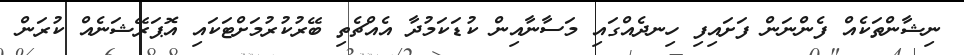
ނިޝާންތަކެއް ފެންނަން ފަށައިފި ހިނދެއްގައި މަސާނާއިން ކުޑަކަމުދާ އެއްޗެތި ބޭރުކުރުމަށްޓަކައި އޮޕަރޭޝަނެއް ކުރަން